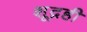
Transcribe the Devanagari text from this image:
शूद्रही